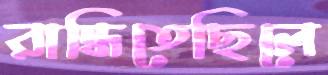
রান্ধিতেছিলে